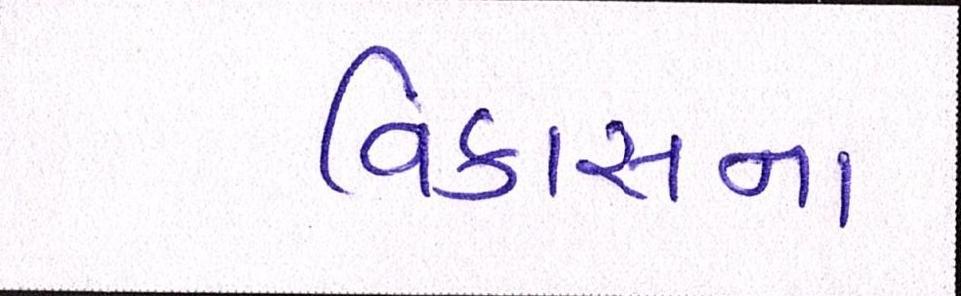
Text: વિકાસના